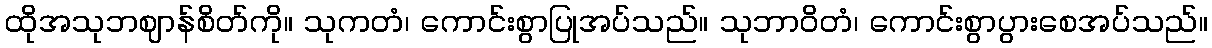
ထိုအသုဘဈာန်စိတ်ကို။ သုကတံ၊ ကောင်းစွာပြုအပ်သည်။ သုဘာဝိတံ၊ ကောင်းစွာပွားစေအပ်သည်။